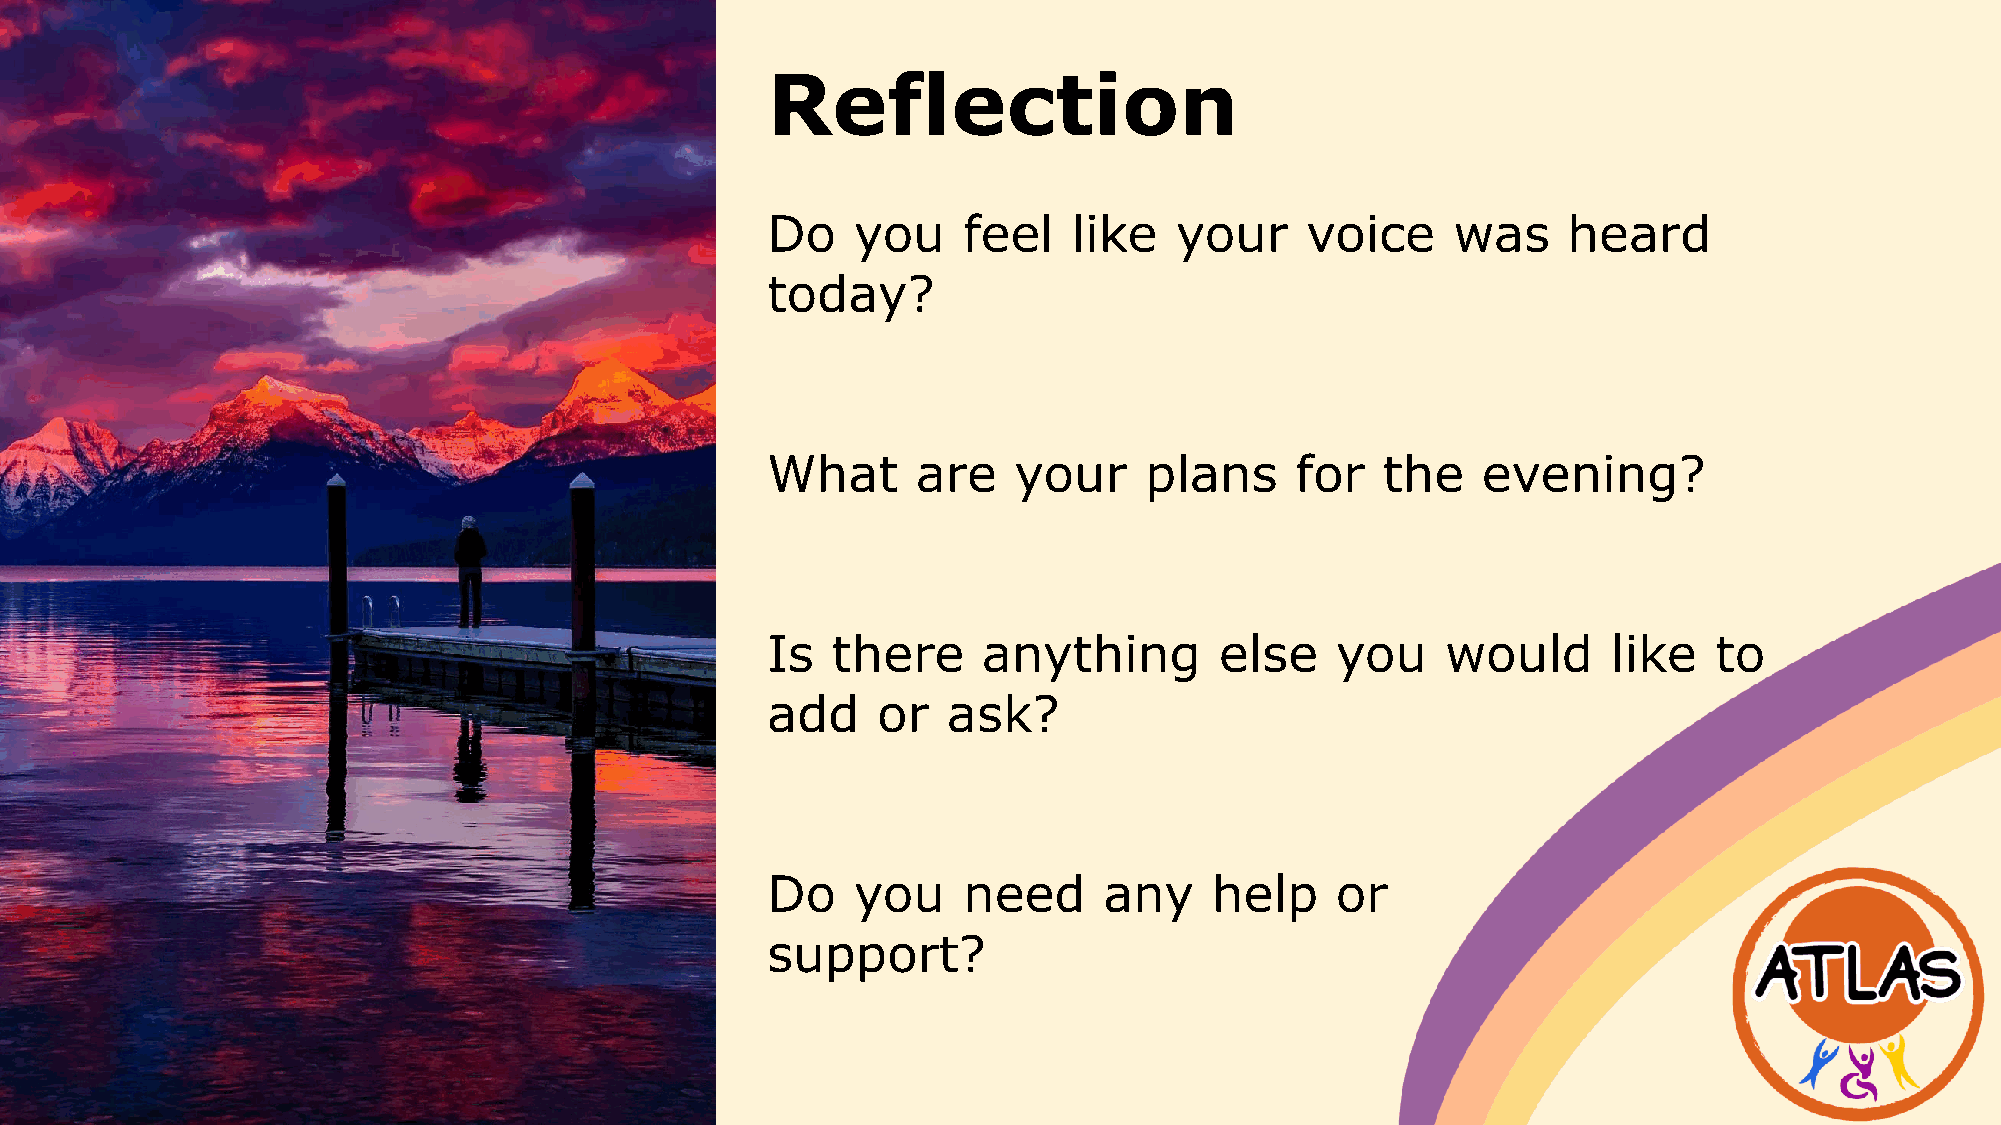
Reflection
 Do   you     feel   like   your    voice     was     heard
 today?
 What      are   your     plans     for   the   evening?
 Is  there     anything        else   you     would      like  to
 add    or   ask?
 Do   you     need     any    help    or
 support?